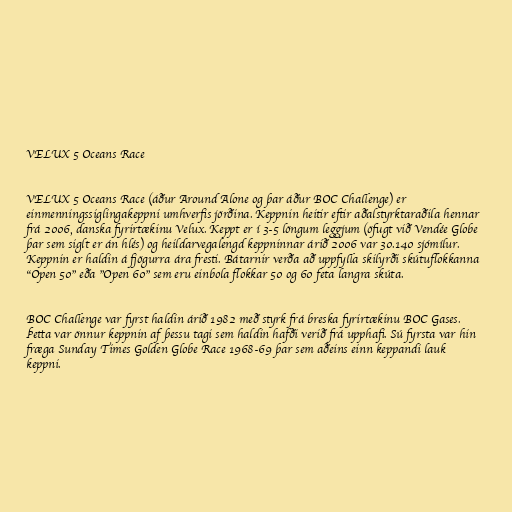
VELUX 5 Oceans Race

VELUX 5 Oceans Race (áður Around Alone og þar áður BOC Challenge) er
einmenningssiglingakeppni umhverfis jörðina. Keppnin heitir eftir aðalstyrktaraðila hennar
frá 2006, danska fyrirtækinu Velux. Keppt er í 3-5 löngum leggjum (öfugt við Vendée Globe
þar sem siglt er án hlés) og heildarvegalengd keppninnar árið 2006 var 30.140 sjómílur.
Keppnin er haldin á fjögurra ára fresti. Bátarnir verða að uppfylla skilyrði skútuflokkanna
"Open 50" eða "Open 60" sem eru einbola flokkar 50 og 60 feta langra skúta.

BOC Challenge var fyrst haldin árið 1982 með styrk frá breska fyrirtækinu BOC Gases.
Þetta var önnur keppnin af þessu tagi sem haldin hafði verið frá upphafi. Sú fyrsta var hin
fræga Sunday Times Golden Globe Race 1968-69 þar sem aðeins einn keppandi lauk
keppni.